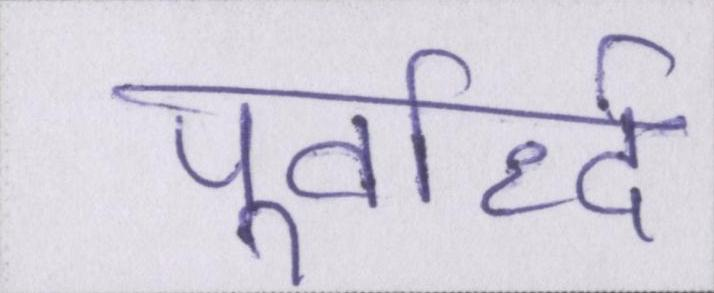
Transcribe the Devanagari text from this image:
पूर्वार्द्ध